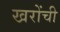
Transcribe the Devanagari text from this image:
खरोंची